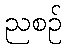
ညစဉ်